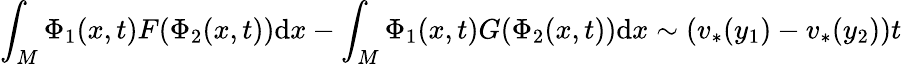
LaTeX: \int_{M}\Phi_{1}(x,t)F(\Phi_{2}(x,t))\mathrm{d}x-\int_{M}\Phi_{1}(x,t)G(\Phi_{2}(x,t))\mathrm{d}x\sim(v_{*}(y_{1})-v_{*}(y_{2}))t